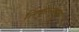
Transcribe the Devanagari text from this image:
निकुलेस्कू